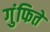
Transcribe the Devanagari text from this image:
गुंफिते